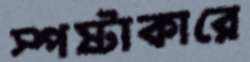
স্পষ্টাকারে